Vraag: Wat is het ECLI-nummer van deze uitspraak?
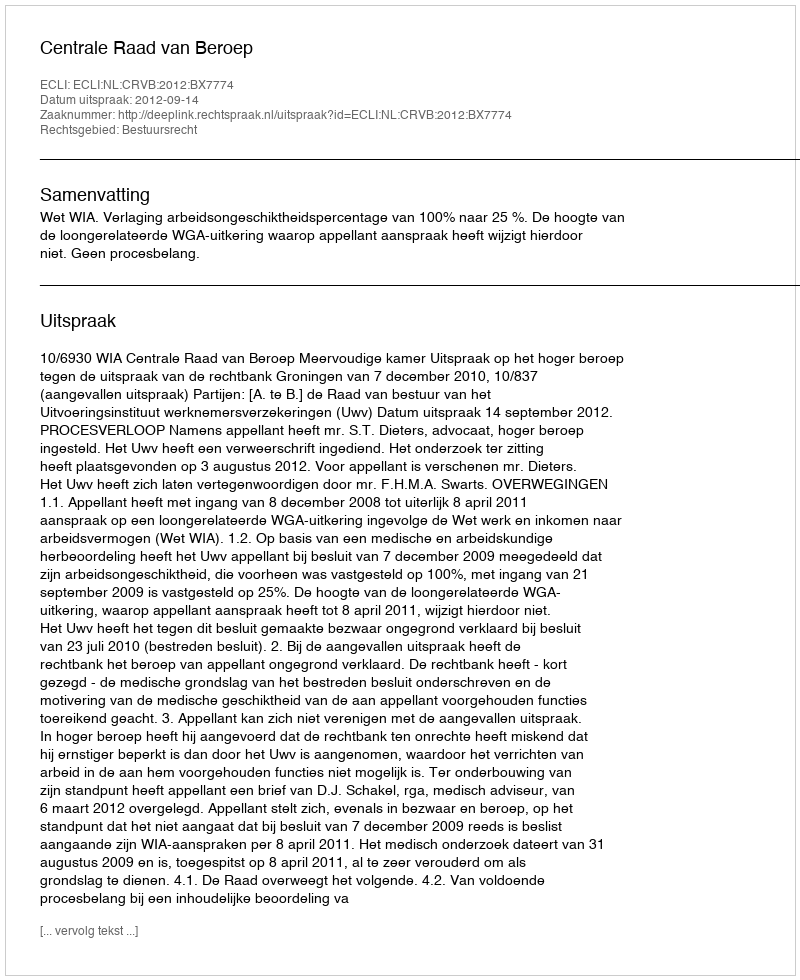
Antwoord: ECLI:NL:CRVB:2012:BX7774